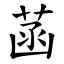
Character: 菡